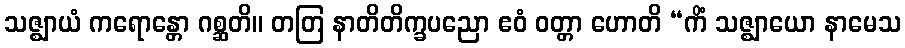
သဇ္ဈာယံ ကရောန္တော ဂစ္ဆတိ။ တတြ နာတိတိက္ခပညော ဧဝံ ဝတ္တာ ဟောတိ “ကိံ သဇ္ဈာယော နာမေသ